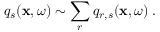
q _ { s } ( \mathbf { x } , \omega ) \sim \sum _ { r } q _ { r , s } ( \mathbf { x } , \omega ) \; .